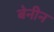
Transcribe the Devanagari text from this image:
बेनीन